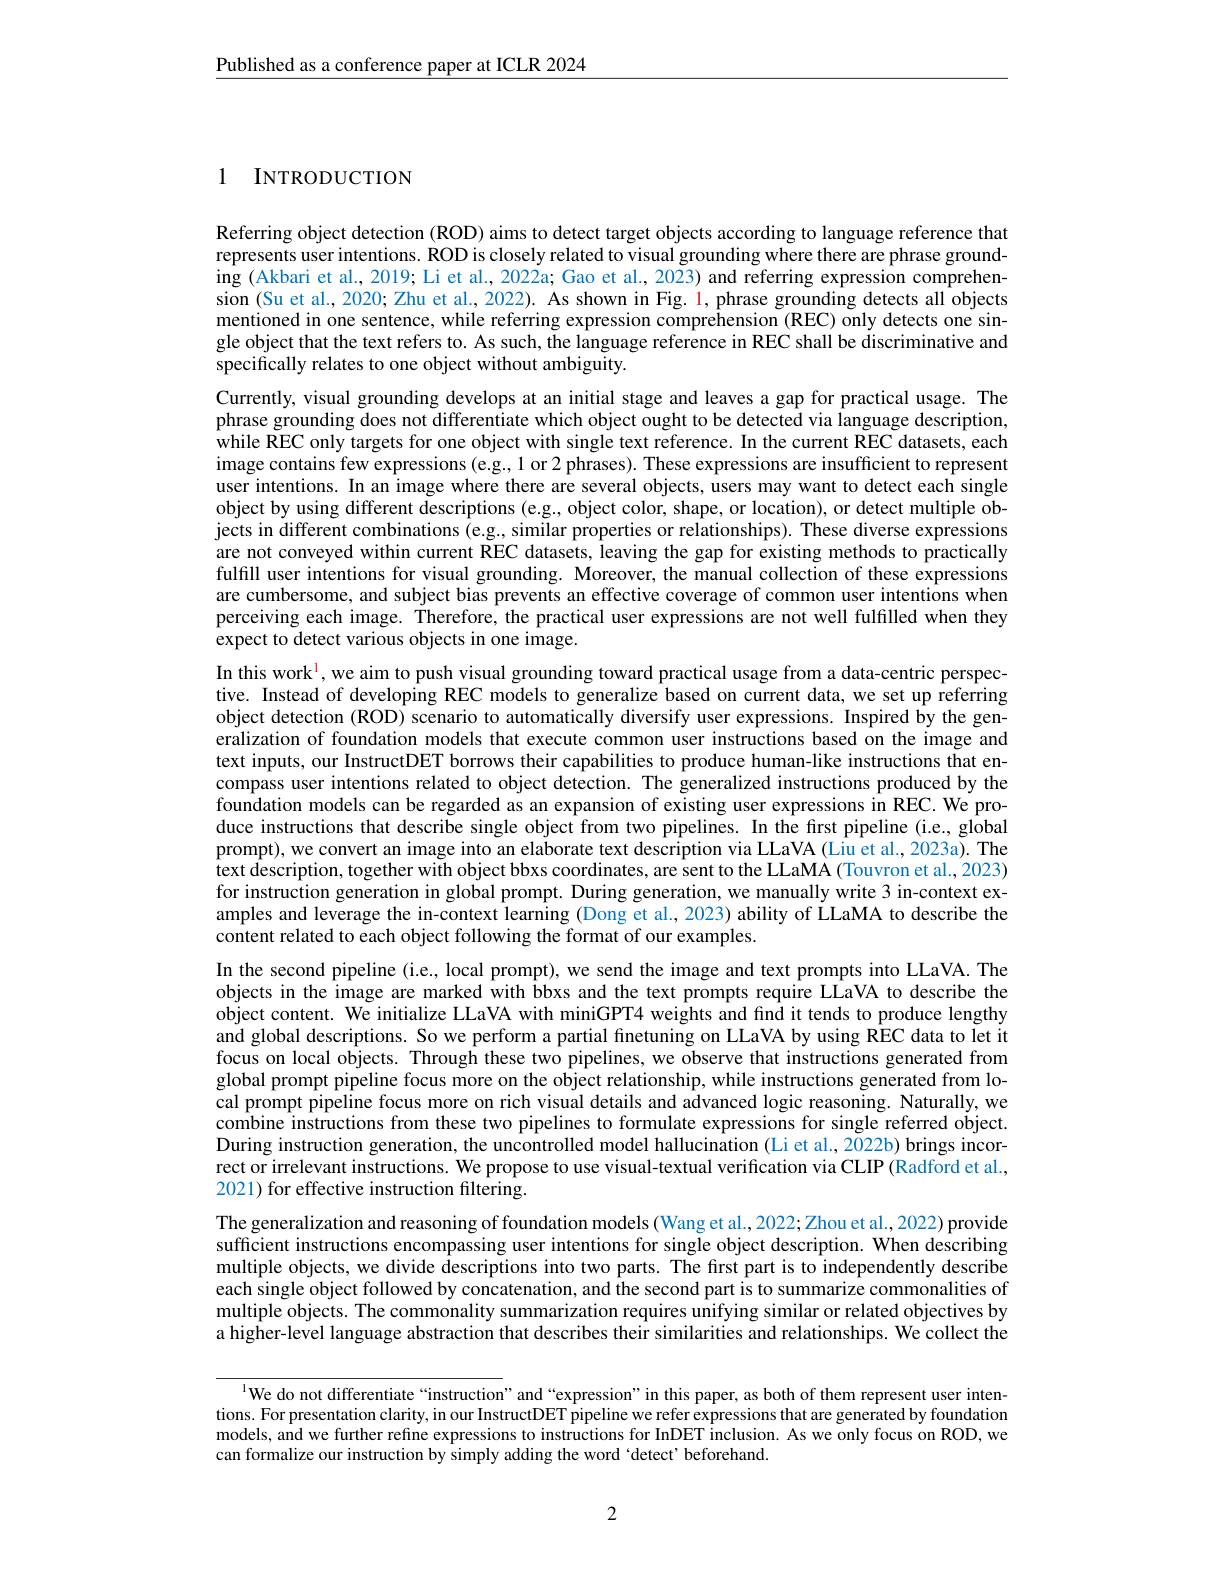
$\underline{\text{Published as a conference paper at ICLR 2024}}$

1 INTRODUCTION

Referring object detection (ROD) aims to detect target objects according to language reference that represents user intentions. ROD is closely related to visual grounding where there are phrase ground- $\operatorname{ing}\left(\text{Akbari et al., 2019; Li et al., 2022a; Gao et al., 2023) and referring expression comprehen-}\right)$ sion (Su et al., 2020; Zhu et al., 2022). As shown in Fig. 1, phrase grounding detects all objects mentioned in one sentence, while referring expression comprehension (REC) only detects one single object that the text refers to. As such, the language reference in REC shall be discriminative and specifically relates to one object without ambiguity.

Currently, visual grounding develops at an initial stage and leaves a gap for practical usage. The phrase grounding does not differentiate which object ought to be detected via language description, while REC only targets for one object with single text reference. In the current REC datasets, each image contains few expressions (e.g., 1 or 2 phrases). These expressions are insufficient to represent user intentions. In an image where there are several objects, users may want to detect each single object by using different descriptions (e.g., object color, shape, or location), or detect multiple objects in different combinations (e.g., similar properties or relationships). These diverse expressions are not conveyed within current REC datasets, leaving the gap for existing methods to practically fulfill user intentions for visual grounding. Moreover, the manual collection of these expressions are cumbersome, and subject bias prevents an effective coverage of common user intentions when perceiving each image. Therefore, the practical user expressions are not well fulfilled when they expect to detect various objects in one image.
In this work$^{1}$, we aim to push visual grounding toward practical usage from a data-centric perspec-

tive. Instead of developing REC models to generalize based on current data, we set up referring object detection (ROD) scenario to automatically diversify user expressions. Inspired by the generalization of foundation models that execute common user instructions based on the image and text inputs, our InstructDET borrows their capabilities to produce human-like instructions that encompass user intentions related to object detection. The generalized instructions produced by the foundation models can be regarded as an expansion of existing user expressions in REC. We produce instructions that describe single object from two pipelines. In the first pipeline (i.e., global prompt), we convert an image into an elaborate text description via LLaVA (Liu et al., 2023a). The text description, together with object bbxs coordinates, are sent to the LLaMA (Touvron et al., 2023) for instruction generation in global prompt. During generation, we manually write 3 in-context examples and leverage the in-context learning (Dong et al., 2023) ability of LLaMA to describe the content related to each object following the format of our examples.
In the second pipeline (i.e., local prompt), we send the image and text prompts into LLaVA. The objects in the image are marked with bbxs and the text prompts require LLaVA to describe the object content. We initialize LLaVA with miniGPT4 weights and find it tends to produce lengthy and global descriptions. So we perform a partial finetuning on LLaVA by using REC data to let it focus on local objects. Through these two pipelines, we observe that instructions generated from global prompt pipeline focus more on the object relationship, while instructions generated from local prompt pipeline focus more on rich visual details and advanced logic reasoning. Naturally, we combine instructions from these two pipelines to formulate expressions for single referred object. During instruction generation, the uncontrolled model hallucination (Li et al., 2022b) brings incorrect or irrelevant instructions. We propose to use visual-textual verification via CLIP (Radford et al., 2021) for effective instruction filtering.
The generalization and reasoning of foundation models (Wang et al., 2022; Zhou et al., 2022) provide sufficient instructions encompassing user intentions for single object description. When describing multiple objects, we divide descriptions into two parts. The first part is to independently describe each single object followed by concatenation, and the second part is to summarize commonalities of multiple objects. The commonality summarization requires unifying similar or related objectives by a higher-level language abstraction that describes their similarities and relationships. We collect the
$^{1}$We do not differentiate“instruction”and“expression”in this paper, as both of them represent user inten-

tions. For presentation clarity, in our InstructDET pipeline we refer expressions that are generated by foundation models, and we further refine expressions to instructions for InDET inclusion. As we only focus on ROD, we can formalize our instruction by simply adding the word 'detect'beforehand.

2